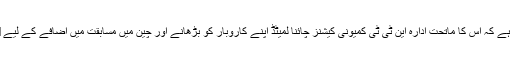
این ٹی ٹی کمیونی کیشنز کارپوریشن (این ٹی ٹی کام) نے 29 جون کو اعلان کیا ہے کہ اس کا ماتحت ادارہ این ٹی ٹی کمیونی کیشنز چائنا لمیٹڈ اپنے کاروبار کو بڑھانے اور چین میں مسابقت میں اضافے کے لیے1 جولائی کو شین یانگ، چینگ ڈو اور شین چین میں اپنے برانچ دفاتر کھولے گا۔